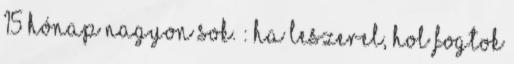
15 hónap nagyon sok. : Ha leszerel, hol fogtok